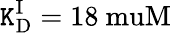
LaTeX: {\mathtt{K}_{\mathrm{{D}}}^{\mathrm{{I}}}}=18\mathrm{{\ muM}}